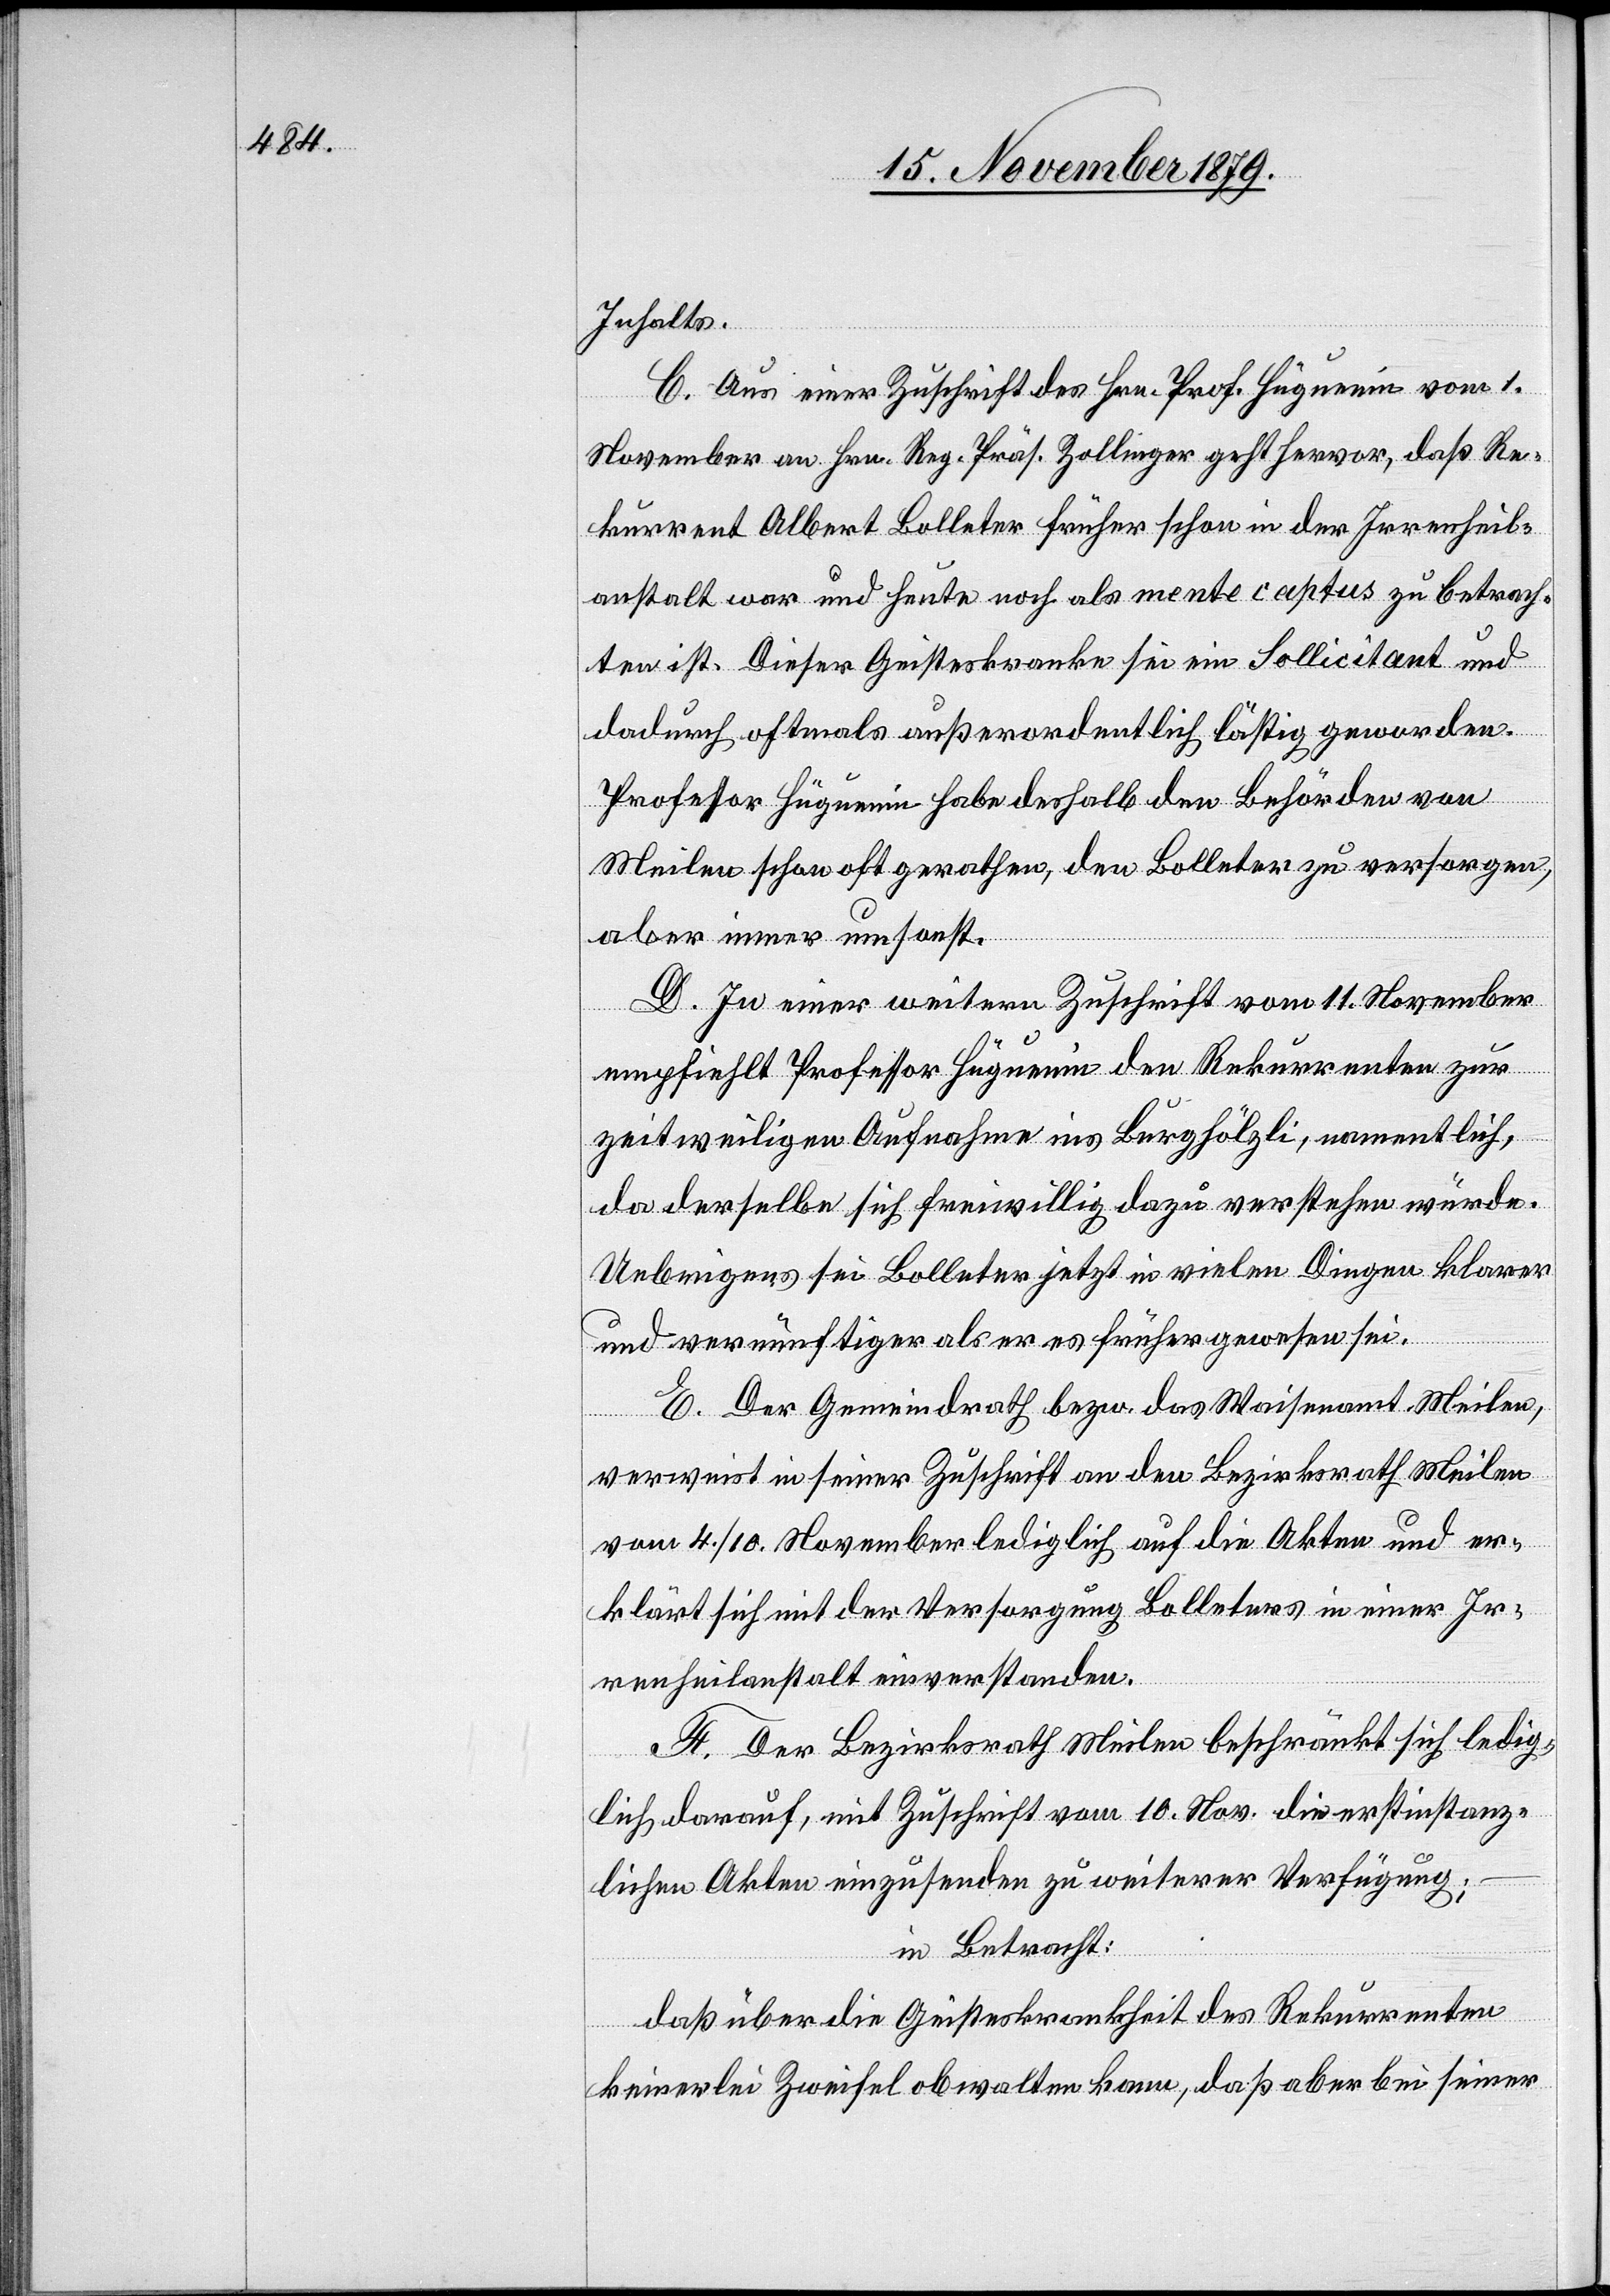
Inhalts.
C. Aus einer Zuschrift des Hrn. Prof. Hüguenin vom 1.
November an Hrn. Reg. Präs. Zollinger geht hervor, das Re¬
kurrent Albert Bolleter früher schon in der Irrenheil¬
anstalt war und heute noch als mente captus zu betrach¬
ten ist. Dieser Geisteskranke sei ein Sollicitant und
dadurch oftmals außerordentlich lästig geworden.
Professor Hüguenin habe deshalb den Behörden von
Meilen schon oft gerathen, den Bolleter zu versorgen,
aber immer umsonst.
D. In einer weitern Zuschrift vom 11. November
empfiehlt Professor Hüguenin den Rekurrenten zur
zeitweiligen Aufnahme ins Burghölzli, namentlich,
da derselbe sich freiwillig dazu verstehen würde.
Uebrigens sei Bolleter jetzt in vielen Dingen klarer
und vernünftiger als er es früher gewesen sei.
E. Der Gemeindrath bezw. das Waisenamt Meilen,
verweist in seiner Zuschrift an den Bezirksrath Meilen
vom 4./10. November lediglich auf die Akten und er¬
klärt sich mit der Versorgung Bolleters in einer Ir¬
renheilanstalt einverstanden.
F. Der Bezirksrath Meilen beschränkt sich ledig¬
lich darauf, mit Zuschrift vom 10. Nov. die erstinstanz¬
lichen Akten einzusenden zu weiterer Verfügung;
in Betracht:
daß über die Geisteskrankheit des Rekurrenten
keinerlei Zweifel obwalten kann, daß aber bei seiner